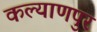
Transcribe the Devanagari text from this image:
कल्‍याणपुर